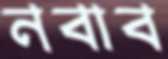
নবাব